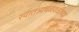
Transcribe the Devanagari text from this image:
स्वातंत्र्यचळवळीच्या